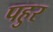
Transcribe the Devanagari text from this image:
पहुर